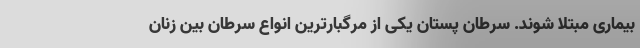
بیماری مبتلا شوند. سرطان پستان یکی از مرگبارترین انواع سرطان بین زنان